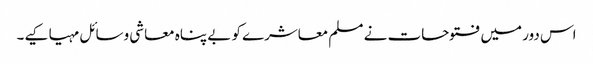
اس دور میں فتوحات نے مسلم معاشرے کو بے پناہ معاشی وسائل مہیا کیے۔